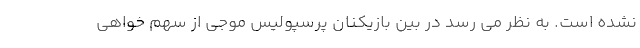
نشده است. به نظر می رسد در بین بازیکنان پرسپولیس موجی از سهم خواهی